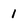
Character: 1